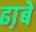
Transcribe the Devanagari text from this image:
ढा़बे